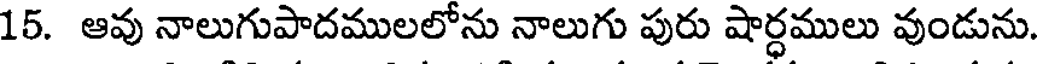
15. ఆవు నాలుగుపాదములలోను నాలుగు పురు షార్ధములు వుండును.